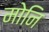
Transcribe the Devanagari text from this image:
मोनि